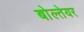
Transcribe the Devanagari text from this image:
बोल्तेयर